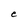
Character: e